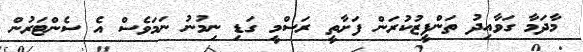
މާދަމާ ގަވާއިދު ތަންފީޒުކުރަން ފަށާތީ ރަސްމީ ގަޑި ނިމުނު ނަމަވެސް އެ ސެންޓަރުން